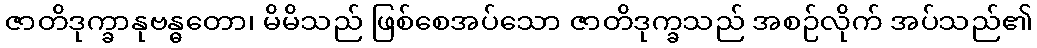
ဇာတိဒုက္ခာနုဗန္ဓတော၊ မိမိသည် ဖြစ်စေအပ်သော ဇာတိဒုက္ခသည် အစဉ်လိုက် အပ်သည်၏